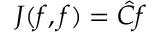
J ( f , f ) = { \hat { C } } f